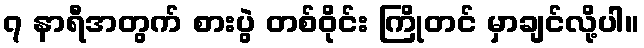
၇ နာရီအတွက် စားပွဲ တစ်ဝိုင်း ကြိုတင် မှာချင်လို့ပါ။